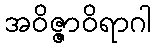
အဝိဇ္ဇာဝိရာဂါ